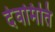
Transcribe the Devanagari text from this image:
देवमिति